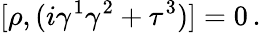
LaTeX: \lbrack\rho,(i\gamma^{1}\gamma^{2}+\tau^{3})]=0\, .